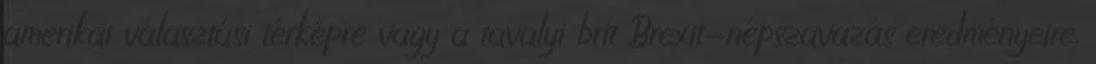
amerikai választási térképre vagy a tavalyi brit Brexit-népszavazás eredményeire.